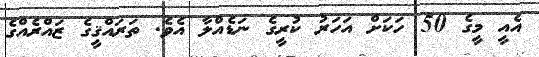
އެއީ މީގެ 50 ހަކަށް އަހަރު ކުރީގެ ނަޑެއްލާ އެވެ. ތަރައްޤީގެ ޒައްރެއްގެ